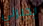
يجبرني